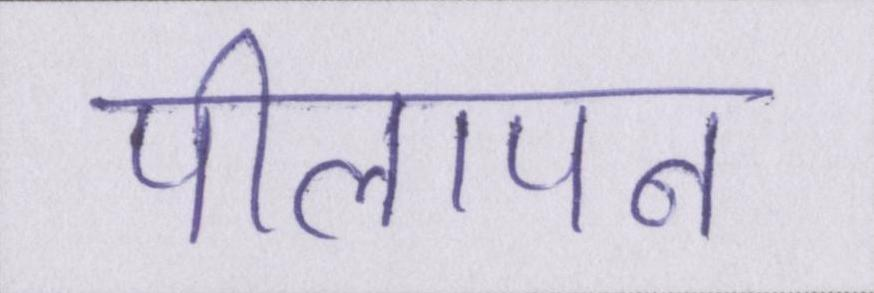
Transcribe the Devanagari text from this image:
पीलापन